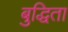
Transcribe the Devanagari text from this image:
बुद्धिता